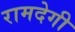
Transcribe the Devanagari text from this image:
रामदेगी